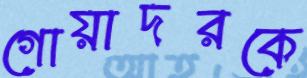
গোয়াদরকে